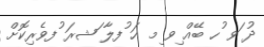
ދު ަވ ުހ ބޭއް ިވ ިމ ހަ ުފލާ ަޝރަ ުފވެރިކޮށް